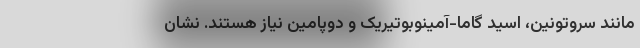
مانند سروتونین، اسید گاما-آمینوبوتیریک و دوپامین نیاز هستند. نشان